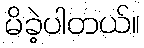
မိခဲ့ပါတယ်။